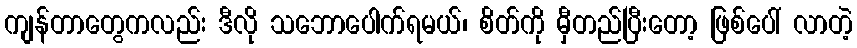
ကျန်တာတွေကလည်း ဒီလို သဘောပေါက်ရမယ်၊ စိတ်ကို မှီတည်ပြီးတော့ ဖြစ်ပေါ် လာတဲ့